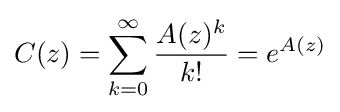
C(z)=\sum _{k=0}^{\infty }{\dfrac {A(z)^{k}}{k!}}=e^{A(z)}